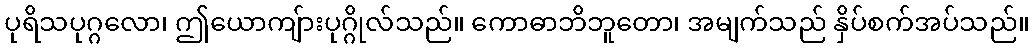
ပုရိသပုဂ္ဂလော၊ ဤယောကျ်ားပုဂ္ဂိုလ်သည်။ ကောဓာဘိဘူတော၊ အမျက်သည် နှိပ်စက်အပ်သည်။